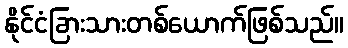
နိုင်ငံခြားသားတစ်ယောက်ဖြစ်သည်။